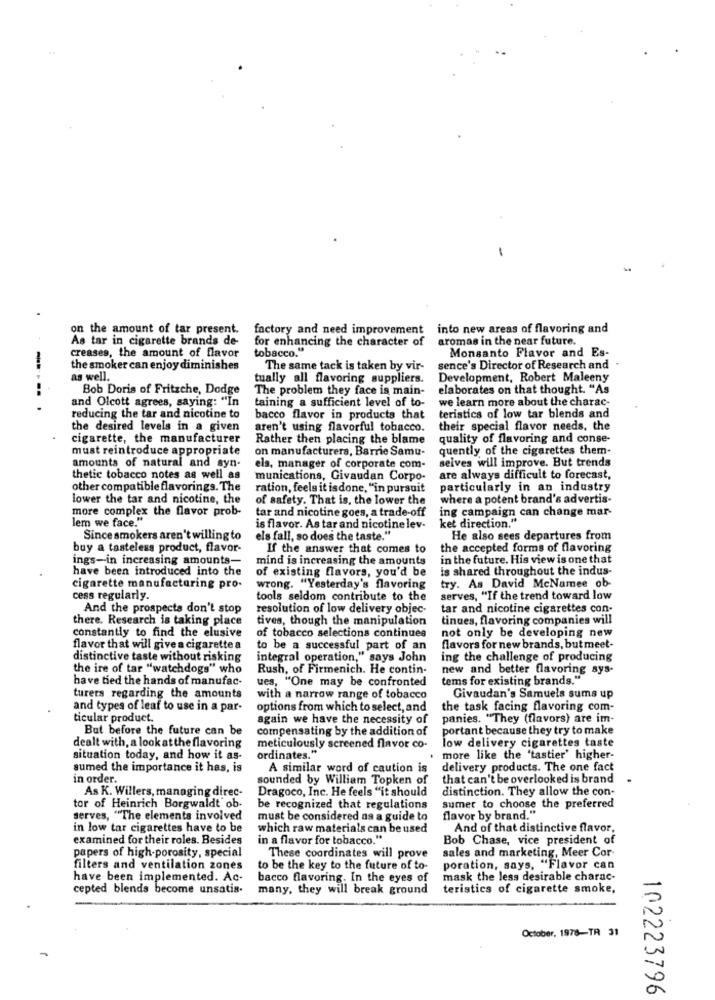
-
on the amount of tar present.
factory and need improvement into new areas of flavoring and
As tar in cigarette brands de-
for enhancing the character of
aromas in the near future.
creases, the amount of flavor
tobacco."
Monsanto Flavor and Es-
the smoker can enjoy diminishes
The same tack is taken by vir-
sence's Director of Research and
as well.
tually all flavoring suppliers.
Development, Robert Maleeny
Bob Doris of Fritzche, Dodge
The problem they face is main-
elaborates on that thought. "As
and Olcott agrees, saying: "In
taining a sufficient level of to-
we learn more about the charac-
----..
reducing the tar and nicotine to
bacco flavor in products that
teristics of low tar blends and
the desired levels in a given
aren't using flavorful tobacco.
their special flavor needs, the
cigarette, the manufacturer
Rather then placing the blame
quality of flavoring and conse-
must reintroduce appropriate
on manufacturers, Barrie Samu-
quently of the cigarettes them-
seives will improve. But trends
amounts of natural and syn-
els, manager of corporate com-
thetic tobacco notes as well as
munications, Givaudan Corpo-
are always difficult to forecast,
other compatible flavorings. The
ration, feels it isdone, "in pursuit
particularly in an industry
lower the tar and nicotine, the
of safety. That is, the lower the
where a potent brand's advertis-
more complex the flavor prob-
tar and nicotine goes, a trade-off
ing campaign can change mar-
lem we face."
is flavor. As tar and nicotine lev-
ket direction."
Since smokers aren't willing to
els fall, so does the taste."
He also sees departures from
buy a tasteless product, flavor-
If the answer that comes to
the accepted forms of flavoring
ings-in increasing amounts-
mind is increasing the amounts
in the future. His view is one that
have been introduced into the
of existing flavors, you'd be
is shared throughout the indus-
cigarette manufacturing pro-
wrong. "Yesterday's flavoring
try. As David McNamee ob-
cess regularly.
tools seldom contribute to the
serves, "If the trend toward low
And the prospects don't stop
resolution of low delivery objec-
tar and nicotine cigarettes con-
there. Research is taking place
tives, though the manipulation
tinues, flavoring companies will
constantly to find the elusive
of tobacco selections continues
not only be developing new
flavor that will give a cigarette a
to be a successful part of an
flavors for new brands, but meet-
distinctive taste without risking
integral operation," says John
ing the challenge of producing
the ire of tar "watchdogs" who
Rush, of Firmenich. He contin-
new and better flavoring sys-
have tied the hands of manufac-
ues, "One may be confronted
tems for existing brands."
turers regarding the amounts
with a narrow range of tobacco
Givaudan's Samuels sums up
and types of leaf to use in a par-
options from which to select, and
the task facing flavoring com-
ticular product.
again we have the necessity of
panies. "They (flavors) are im-
But before the future can be
compensating by the addition of
portant because they try to make
low delivery cigarettes taste
dealt with, a look at the flavoring
meticulously screened flavor co-
situation today, and how it as-
ordinates."
more like the 'tastier' higher-
sumed the importance it has, is
A similar word of caution is
delivery products. The one fact
in order.
sounded by William Topken of
that can't be overlooked is brand
As K. Willers, managing direc-
Dragoco, Inc. He feels "it should
distinction. They allow the con-
tor of Heinrich Borgwaldt ob-
be recognized that regulations
sumer to choose the preferred
serves, "The elements involved
must be considered as a guide to
flavor by brand."
in low tar cigarettes have to be
which raw materials can be used
And of that distinctive flavor,
examined for their roles. Besides
in a flavor for tobacco."
Bob Chase, vice president of
papers of high-porosity, special
sales and marketing, Meer Cor-
These coordinates will prove
filters and ventilation zones
to be the key to the future of to-
poration, says, "Flavor can
have been implemented. Ac-
bacco flavoring. In the eyes of
mask the less desirable charac-
cepted blends become unsatis.
many, they will break ground
teristics of cigarette smoke,
October, 1978-TR 31
102223796